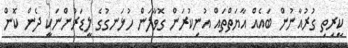
ކީރިތި ގުރުއާނުން ބައެއް އާޔަތްތައް އުނިކުރަން ގޮވާލަން ހުޅަނގުގެ ލީޑަރުންނަކީ ދެން ކޮން